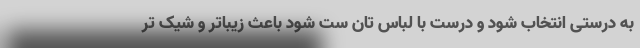
به درستی انتخاب شود و درست با لباس تان ست شود باعث زیباتر و شیک تر